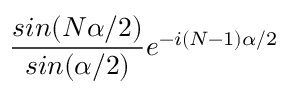
\frac { s i n ( N \alpha / 2 ) } { s i n ( \alpha / 2 ) } e ^ { - i ( N - 1 ) \alpha / 2 }